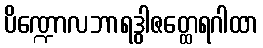
ပိဏ္ဍောလဘာရဒွါဇတ္ထေရဂါထာ